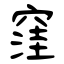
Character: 窪